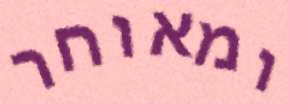
ומאוחר